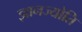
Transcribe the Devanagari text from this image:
ज्ञानज्योति